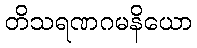
တိသရဏဂမနိယော